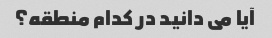
آیا می دانید در کدام منطقه؟